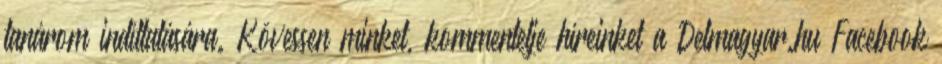
tanárom indíttatására. Kövessen minket, kommentelje híreinket a Delmagyar.hu Facebook